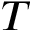
T